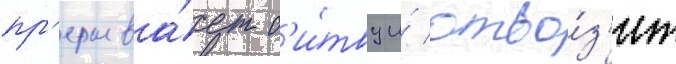
пр'ерыва́ет б'и́тву и́ отво́з'ит